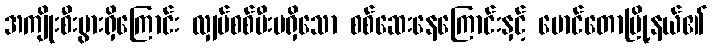
အကျိုးစီးပွားရှိကြောင်း လျှပ်စစ်မီးမရှိသော စစ်ဆေးနေကြောင်းနှင့် မောင်တောမြို့နယ်၏